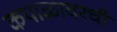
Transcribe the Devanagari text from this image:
कपाळावरची